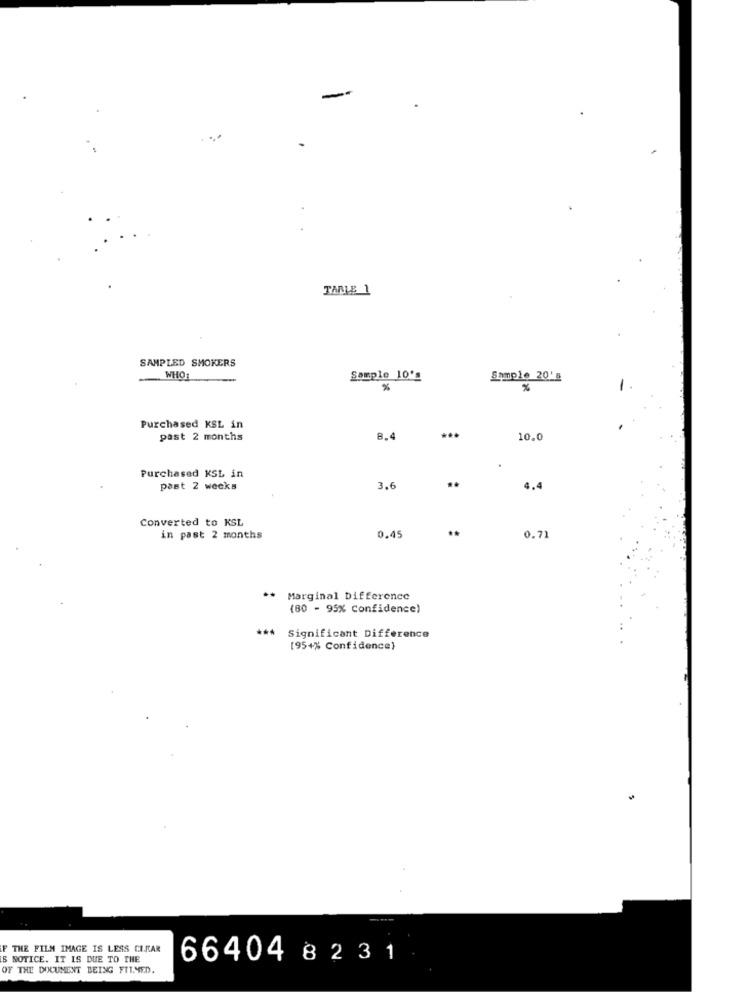
-
TARLE 1
SAMPLED SMOKERS
WHO1
Sample 10'_
Sample 20's
%
%
Purchased KSL in
past 2 months
8.4
10.0
Purchased KSL in
..
past 2 weeks
3.6
4.4
Converted to KSL
in past 2 months
0.45
0.71
..
Marginal Difference
(80 - 95% Confidence)
Significant Difference
[95+% Confidence)
----
THE FILM IMAGE IS LESS CIKAR
IS NOTICE. IT IS DUE TO THE
66404 82 31
OF THE DOCUMENT BEING FIL.MED.